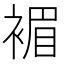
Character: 𧛰